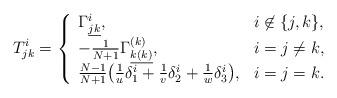
LaTeX: \begin{align*} T^i_{jk}=\left\{\begin{array}{ll} \Gamma^i_{\underline{jk}},&i\not\in\{j,k\},\\ -\frac1{N+1}\Gamma^{(k)}_{\underline{k(k)}},&i=j\neq k,\\ \frac{N-1}{N+1}\big(\frac1u\delta^i_1+\frac1v\delta^i_2+\frac1w\delta^i_3\big),&i=j=k. \end{array}\right. \end{align*}